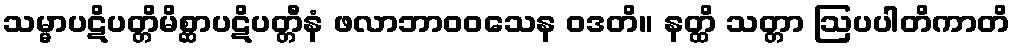
သမ္မာပဋိပတ္တိမိစ္ဆာပဋိပတ္တီနံ ဖလာဘာဝဝသေန ဝဒတိ။ နတ္ထိ သတ္တာ ဩပပါတိကာတိ